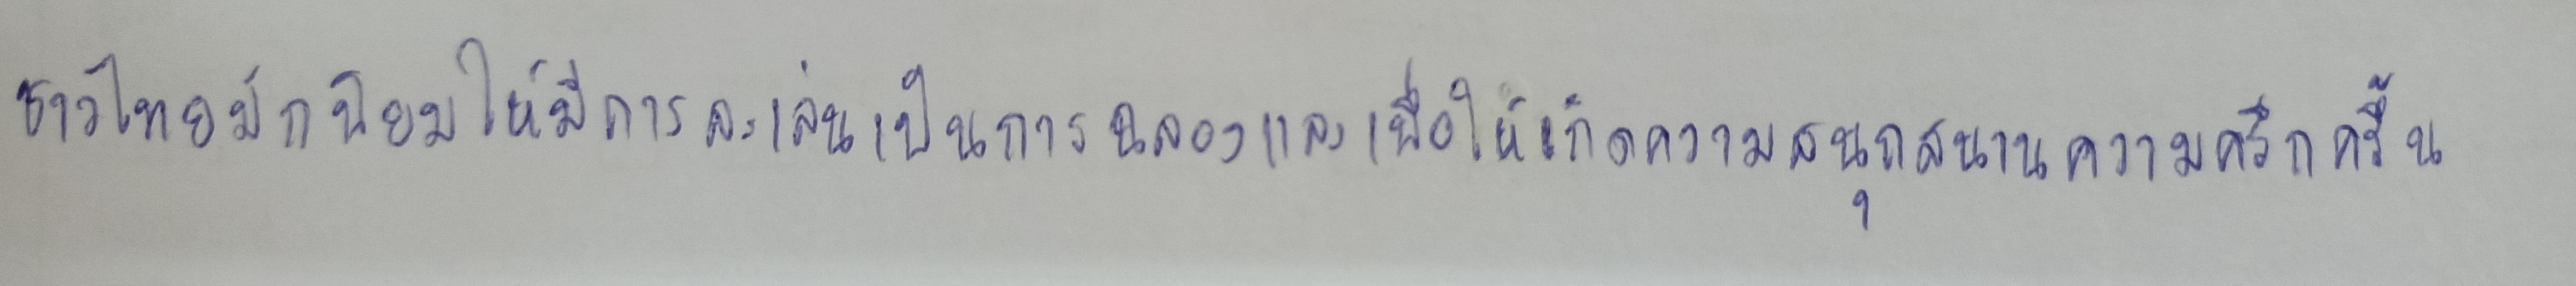
ชาวไทยมักนิยมให้มีการละเล่นเป็นการฉลองและเพื่อให้เกิดความสนุกสนานความครึกครื้น